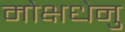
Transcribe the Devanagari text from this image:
मोक्षधेनु